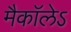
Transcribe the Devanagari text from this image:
मैकाॅलेऽ